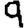
Digit: 9